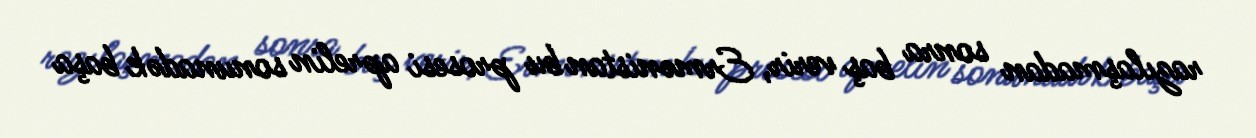
razılaşmadan sonra baş verir, Ermənistan bu prosesi aprelin sonunadək başa